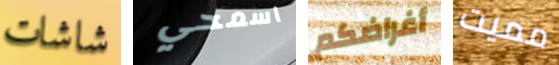
شاشات اسمحي أغراضكم مميت